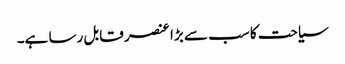
سیاحت کا سب سے بڑا عنصر قابل رسا ہے۔